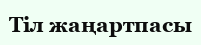
Тіл жаңартпасы